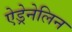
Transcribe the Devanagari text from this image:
ऐड्रेनेलिन